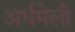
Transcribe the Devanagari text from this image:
अर्धमेली